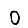
Digit: 0